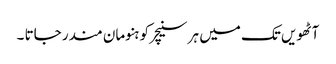
آٹھویں تک میں ہر سنیچر کو ہنومان مندر جاتا ۔